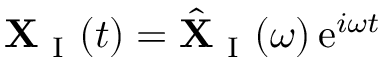
\mathbf { X } _ { \mathrm { ~ I ~ } } ( t ) = \hat { \mathbf { X } } _ { \mathrm { ~ I ~ } } ( \omega ) \, \mathrm { e } ^ { i \omega t }